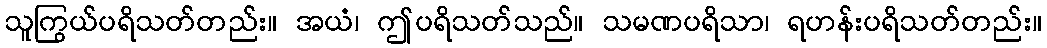
သူကြွယ်ပရိသတ်တည်း။ အယံ၊ ဤပရိသတ်သည်။ သမဏပရိသာ၊ ရဟန်းပရိသတ်တည်း။